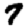
Digit: 7